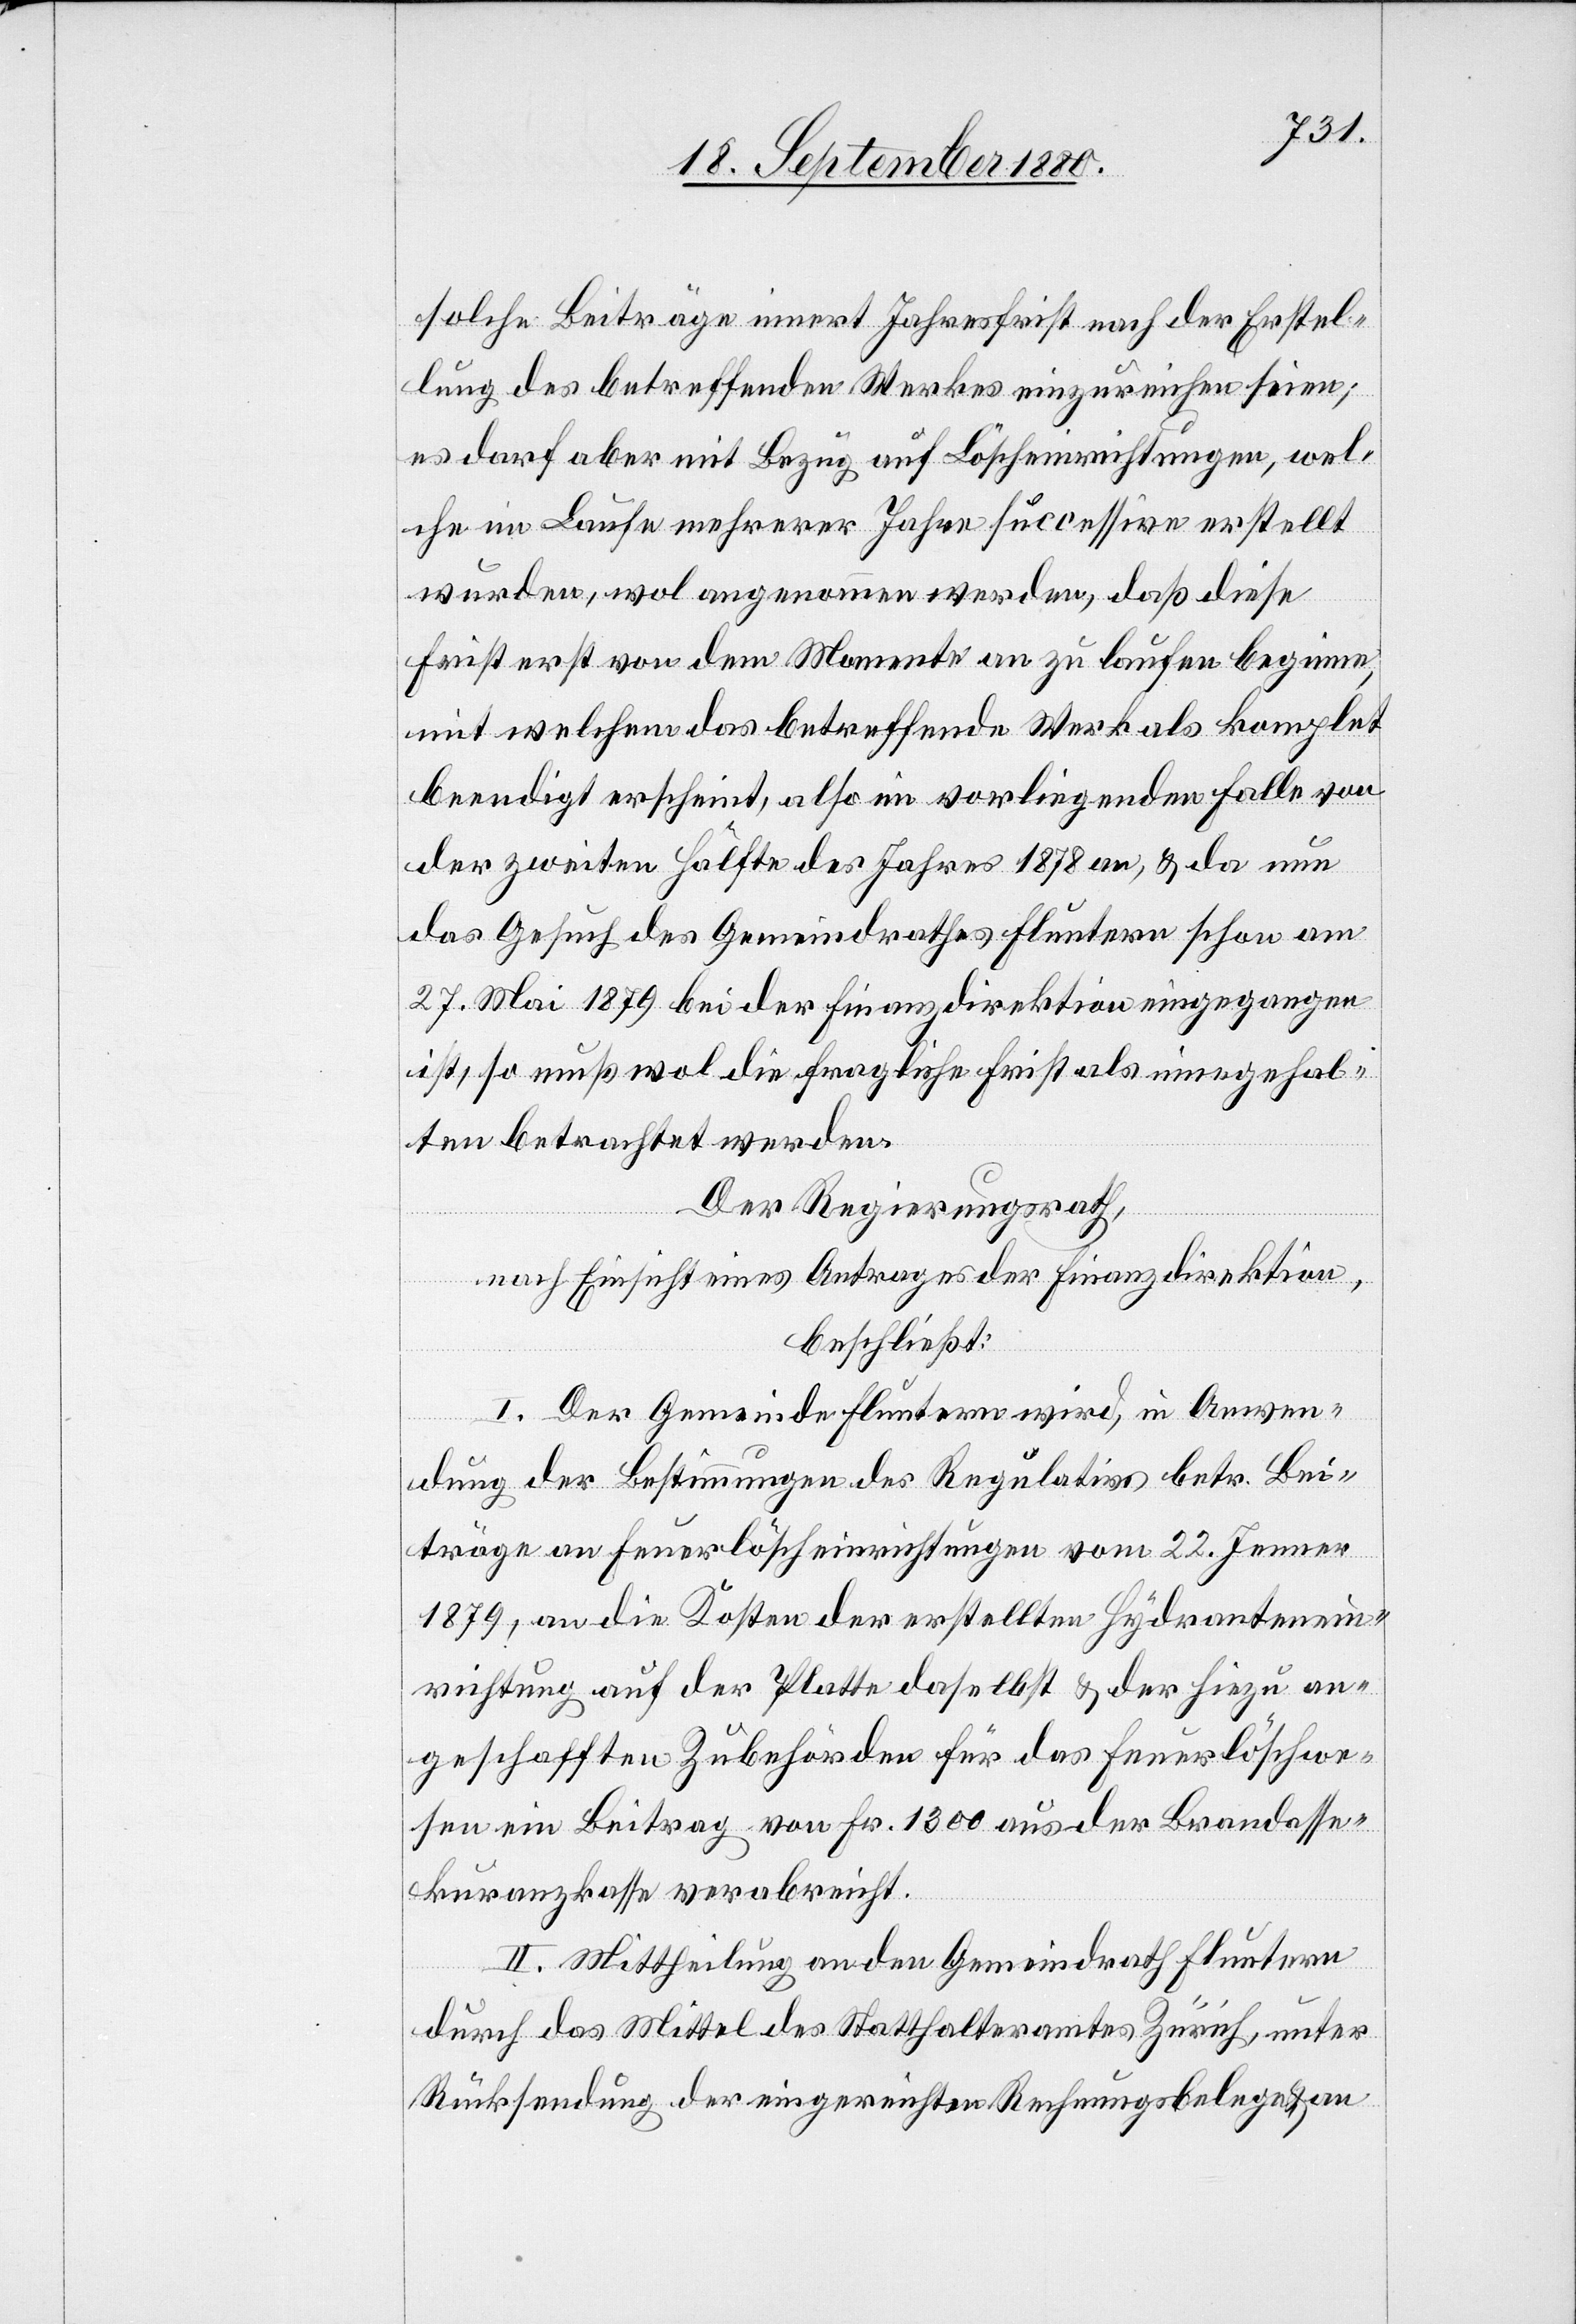
solche Beiträge innert Jahresfrist nach der Erstel¬
lung des betreffenden Werkes einzureichen seien;
es darf aber mit Bezug auf Löscheinrichtungen, wel¬
che im Laufe mehrerer Jahre successive erstellt
wurde, wol angenommen werden, daß diese
Frist erst von dem Momente an zu laufen beginnen
mit welchem das betreffende Werk als komplet
beendigt erscheint, also im vorliegenden Falle von
der zweiten Hälfte des Jahres 1878 an, & da nun
das Gesuch des Gemeindrathes Fluntern schon am
27. Mai 1879 bei der Finanzdirektion eingegangen
ist, so muß wol die fragliche Frist als eingehal¬
ten betrachtet werden.
Der Regierungsrath,
nach Einsicht eines Antrages der Finanzdirektion,
beschließt:
I. Der Gemeinde Fluntern wird, in Anwen¬
dung der Bestimmungen des Regulativs betr. Bei¬
träge an Feuerlöscheinrichtungen vom 22. Jenner
1879, an die Kosten der erstellten Hydrantenein¬
richtung auf der Platte daselbst & der hiezu an¬
geschafften Zubehörden für das Feuerlöschwe¬
sen ein Beitrag von Fr. 1300 aus der Brandasse¬
kuranzkasse verabreicht.
II. Mittheilung an den Gemeindrath Fluntern
durch das Mittel des Statthalteramtes Zürich, unter
Rücksendung der eingereichten Rechnungsbelege & an